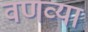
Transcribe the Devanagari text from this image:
वणव्या